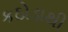
કઠોડાથી